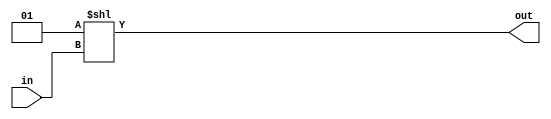
module decoder_7bit (in, out);
input [6:0]in;
output[127:0]out; 
 
assign out = 1 << in; 
 
endmodule